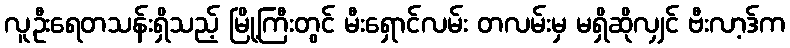
လူဦးရေတသန်းရှိသည့် မြို့ကြီးတွင် မီးရှောင်လမ်း တလမ်းမှ မရှိဆိုလျှင် ဗီးလာ့ဒ်က